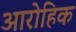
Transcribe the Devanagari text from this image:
आरोहिक